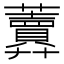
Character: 𧅎